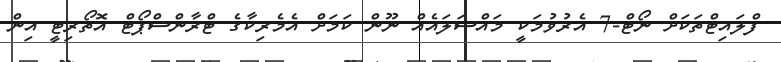
ފްލައިޓްތަކަށް ނޯޓް-7 އެރުވުމަކީ މައްސަލައެއް ނޫން ކަމަށް އެމެރިކާގެ ޓްރާންސްޕޯޓް އޮތޯރިޓީ އިން